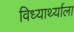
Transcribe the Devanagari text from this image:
विध्यार्थ्याला